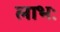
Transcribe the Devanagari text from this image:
लाभः